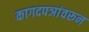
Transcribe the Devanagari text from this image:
कागदपञांवरून